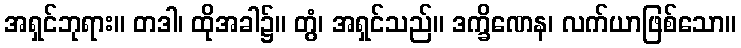
အရှင်ဘုရား။ တဒါ၊ ထိုအခါ၌။ တွံ၊ အရှင်သည်။ ဒက္ခိဏေန၊ လက်ယာဖြစ်သော။